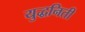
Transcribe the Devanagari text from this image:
युद्धनिती